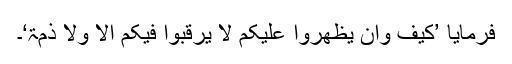
فرمایا ’کَیْفَ وَاِنْ یَّظْھَرُوْا عَلَیْکُمْ لَا یَرْقُبُوْا فِیْکُمْ اِلًّا وَّلَا ذِمَّۃً‘۔